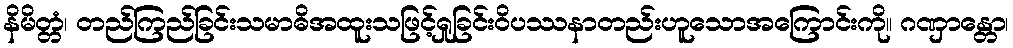
နိမိတ္တံ၊ တည်ကြည်ခြင်းသမာဓိအထူးသဖြင့်ရှုခြင်းဝိပဿနာတည်းဟူသောအကြောင်းကို။ ဂဏှာန္တော၊